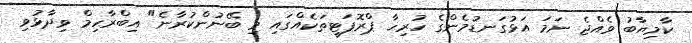
ކާމިޔާބު ވެއްޖެ ނަމަ އަޅުގަނޑުމެންގެ ހުރިހާ ޕްރޮޕަޓީތަކެއްގައި މި ބޭނުންކުރާނެ" އިބްރާހިމް ވިދާޅުވި